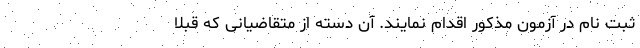
ثبت نام در آزمون مذکور اقدام نمایند. آن دسته از متقاضیانی که قبلاً